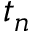
t _ { n }